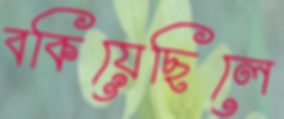
বকিয়েছিলে